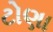
ટોણા